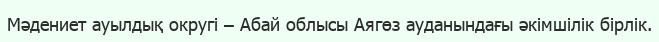
Мәдениет ауылдық округі – Абай облысы Аягөз ауданындағы әкімшілік бірлік.